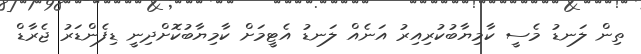
ތިން ލަނޑު މެސީ ކާމިޔާބުކުރިއިރު އަނެއް ލަނޑު އެޓީމަށް ކާމިޔާބުކޮށްދިނީ ޑިފެންޑަރު ޖެރާޑް